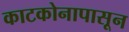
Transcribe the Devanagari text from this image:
काटकोनापासून